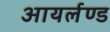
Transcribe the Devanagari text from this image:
आयर्लण्ड